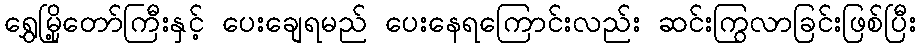
ရွှေမြို့တော်ကြီးနှင့် ပေးချေရမည် ပေးနေရကြောင်းလည်း ဆင်းကြွလာခြင်းဖြစ်ပြီး